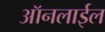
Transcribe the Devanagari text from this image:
ऑनलाईल